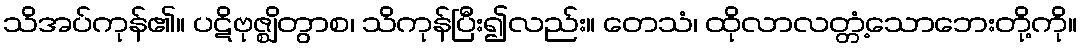
သိအပ်ကုန်၏။ ပဋိဗုဇ္ဈိတွာစ၊ သိကုန်ပြီး၍လည်း။ တေသံ၊ ထိုလာလတ္တံ့သောဘေးတို့ကို။